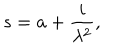
s = a + \frac { i } { \lambda ^ { 2 } } ,